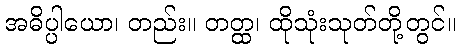
အဓိပ္ပါယော၊ တည်း။ တတ္ထ၊ ထိုသုံးသုတ်တို့တွင်။